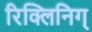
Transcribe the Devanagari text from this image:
रिक्लिनिग्